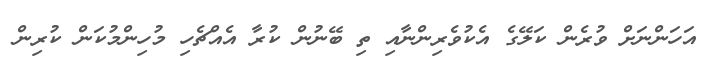
އަހަންނަށް ވުރެން ކަލޭގެ އެކުވެރިންނާއި ތި ބޭނުން ކުރާ އެއްޗެހި މުހިންމުކަން ކުރިން